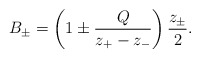
\begin{align*}B_{\pm}=\left(1\pm\frac{Q}{z_{+}-z_{-}}\right)\frac{z_{\pm}}{2}.\end{align*}